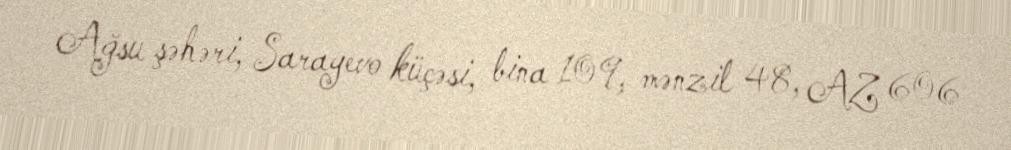
Ağsu şəhəri, Sarayevo küçəsi, bina 109, mənzil 48, AZ 606